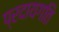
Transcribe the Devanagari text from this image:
प्रदायगति